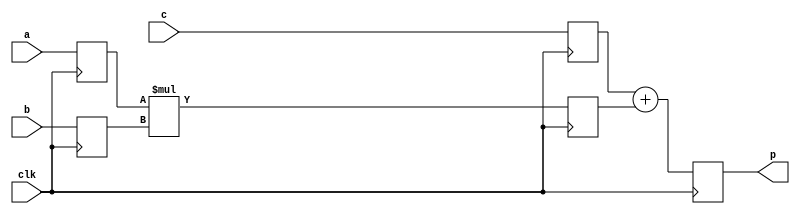

module gng_smul_16_18_sadd_37 (
    // System signals
    input clk,                  // system clock

    // Data interface
    input [15:0] a,             // multiplicand
    input [17:0] b,             // multiplicator
    input [36:0] c,             // adder
    output [37:0] p             // result
);

// Behavioral model
reg signed [15:0] a_reg;
reg signed [17:0] b_reg;
reg signed [36:0] c_reg;
reg signed [33:0] prod;
wire signed [37:0] sum;
reg [37:0] result;

always @ (posedge clk) begin
    a_reg <= a;
    b_reg <= b;
    c_reg <= c;
end

always @ (posedge clk) begin
    prod <= a_reg * b_reg;
end

assign sum = c_reg + prod;

always @ (posedge clk) begin
    result <= sum;
end

assign p = result;


endmodule